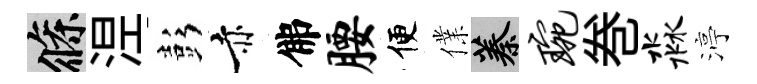
條𣵀彭赤佛腰便㒒蓁琬巻淼渟